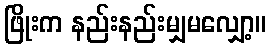
ဖြိုးက နည်းနည်းမျှမလျှော့။